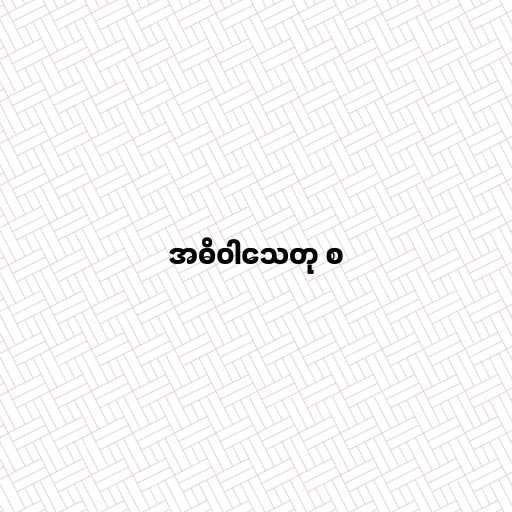
အဓိဝါသေတု စ